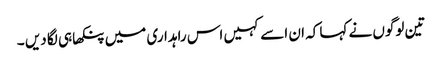
تین لوگوں نے کہا کہ ان اسے کہیں اس راہداری میں پنکھا ہی لگا دیں ۔